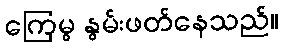
ကြေမွ နွမ်းဖတ်နေသည်။